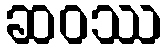
ဆဝဿ